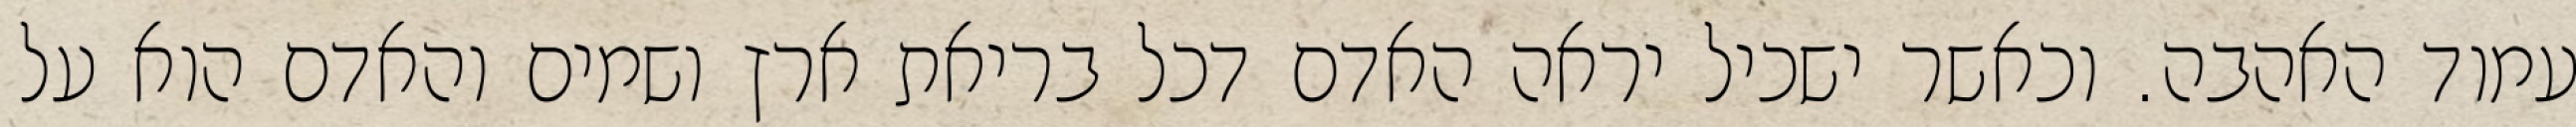
עמוד האהבה. וכאשר ישכיל יראה האדם דכל בריאת ארץ ושמים והאדם הוא על